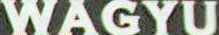
WAGYU